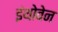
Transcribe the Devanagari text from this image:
इंथोवेन